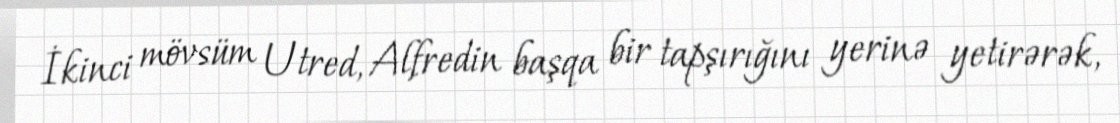
İkinci mövsüm Utred, Alfredin başqa bir tapşırığını yerinə yetirərək,